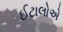
ઈટાલોએ